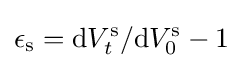
\epsilon _{\mathrm {s} }=\mathrm {d} V_{t}^{\mathrm {s} }/\mathrm {d} V_{0}^{\mathrm {s} }-1